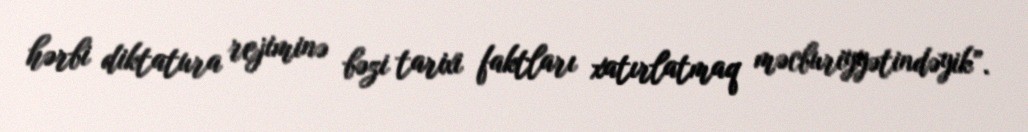
hərbi diktatura rejiminə bəzi tarixi faktları xatırlatmaq məcburiyyətindəyik”.